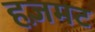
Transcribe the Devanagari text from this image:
हज़मट